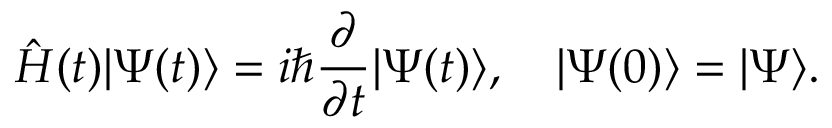
{ \hat { H } } ( t ) | \Psi ( t ) \rangle = i \hbar { \frac { \partial } { \partial t } } | \Psi ( t ) \rangle , \ \ \ | \Psi ( 0 ) \rangle = | \Psi \rangle .